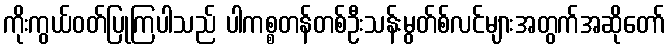
ကိုးကွယ်ဝတ်ပြုကြပါသည် ပါကစ္စတန်တစ်ဦးသန်းမွတ်စ်လင်များအတွက်အဆိုတော်